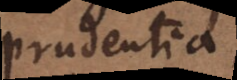
prudentia